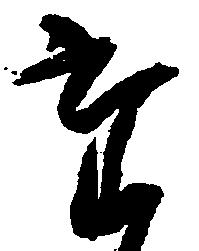
た